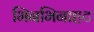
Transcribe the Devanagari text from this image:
भिनभिनाहट